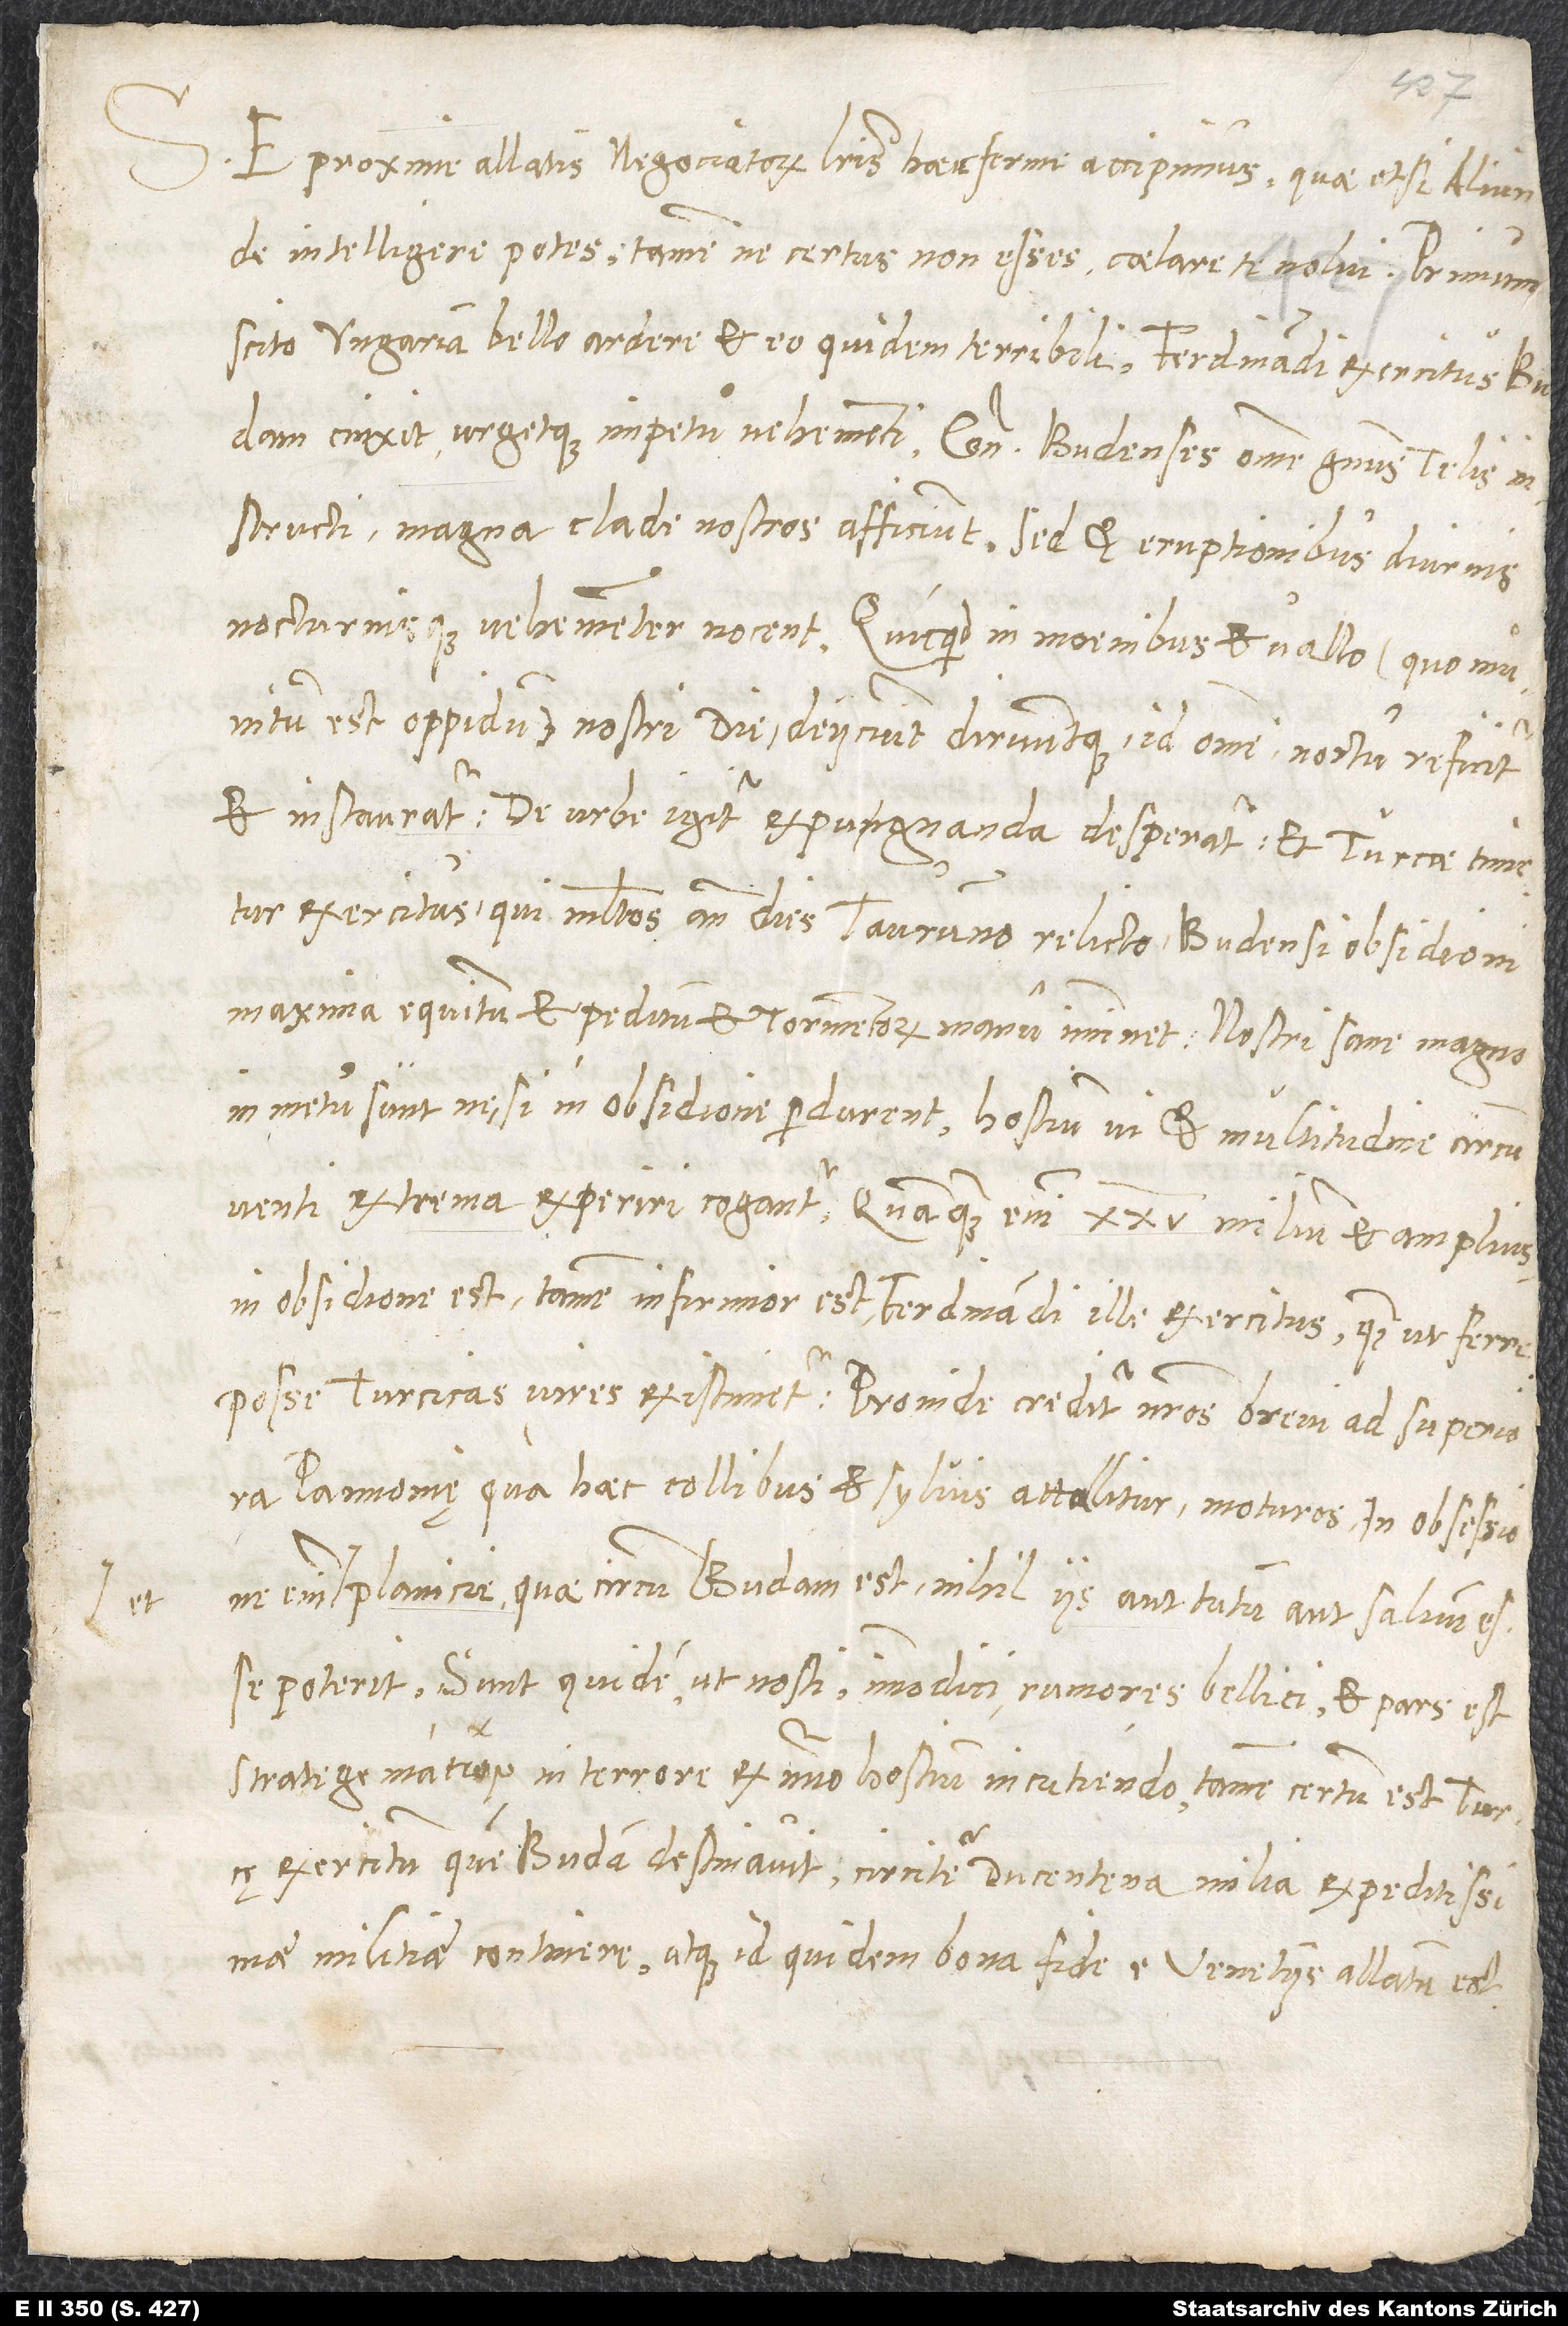
S. E proxime allatis negotiatorum literis haec ferme accipimus, quae, etsi aliunde
intelligere potes, tamen ne certus non esses, celare te nolui. Primum
scito Ungariam bello ardere, et eo quidem terribili. Ferdinandi exercitus Budam
cinxit urgetque impetu vehementi. Contra Budenses, omne genus telis
instructi, magna clade nostros afficiunt, sed et eruptionibus diurnis
nocturnisque vehementer nocent. Quicquid in moenibus et vallo (quo munitum
est oppidum) nostri die deficiunt diruuntque, id omne noctu reficitur
et instauratur. De urbe igitur expugnanda desperatur et Turcae timetur
exercitus, qui multos ante dies Iaurinno relicto Budensi obsidioni
maxima equitum et peditum et tormentorum manu imminet. Nostri sane magno
in metu sunt, ne, si in obsidione perdurent, hostium vi et multitudine circumventi
extrema experiri cogantur. Quamquam enim 25 milium et amplius
in obsidione est, tamen infirmior est Ferdinandi ille exercitus, quam ut ferre
posse Turcicas vires existimetur. Proinde creditur, nostros brevi ad superiora
Pannonię, qua haec collibus ac silvis attollitur, moturos; in obsessione
enim et planitie, quae circa Budam est, nihil iis aut tutum aut salvum esse
poterit. Sunt quidem, ut nosti, immodici rumores bellici, et pars est
exercitum, quem Budam destinavit, circiter ducentena milia expeditissimae
militiae continere, atque id quidem bona fide e Venetiis allatum est.